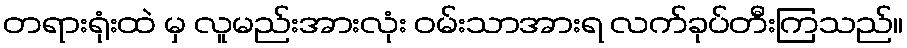
တရားရုံးထဲ မှ လူမည်းအားလုံး ဝမ်းသာအားရ လက်ခုပ်တီးကြသည်။